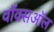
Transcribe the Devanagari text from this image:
वॉक्सऑल